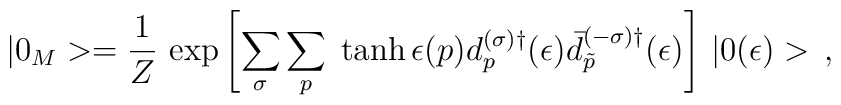
|0_M>=\frac{1}{Z}\,\exp\left[{\sum_{\sigma} \sum_p \;\tanh\epsilon (p) d_p^{(\sigma)\dagger}(\epsilon) \bar{d}_{\tilde p}^{(-\sigma)\dagger}}(\epsilon)\right]\, |0(\epsilon)>\,{,}